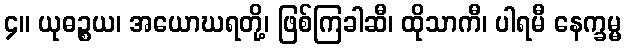
၄။ ယုဓဉ္စယ၊ အယောဃရတို့၊ ဖြစ်ကြခါဆီ၊ ထိုသာကီ၊ ပါရမီ နေက္ခမ္မ